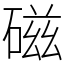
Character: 磁